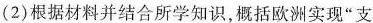
(2)根据材料并结合所学知识，概括欧洲实现”支